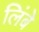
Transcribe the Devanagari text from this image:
लिंबे